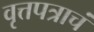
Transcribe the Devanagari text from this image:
वृत्तपत्राचं